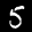
Label: 5